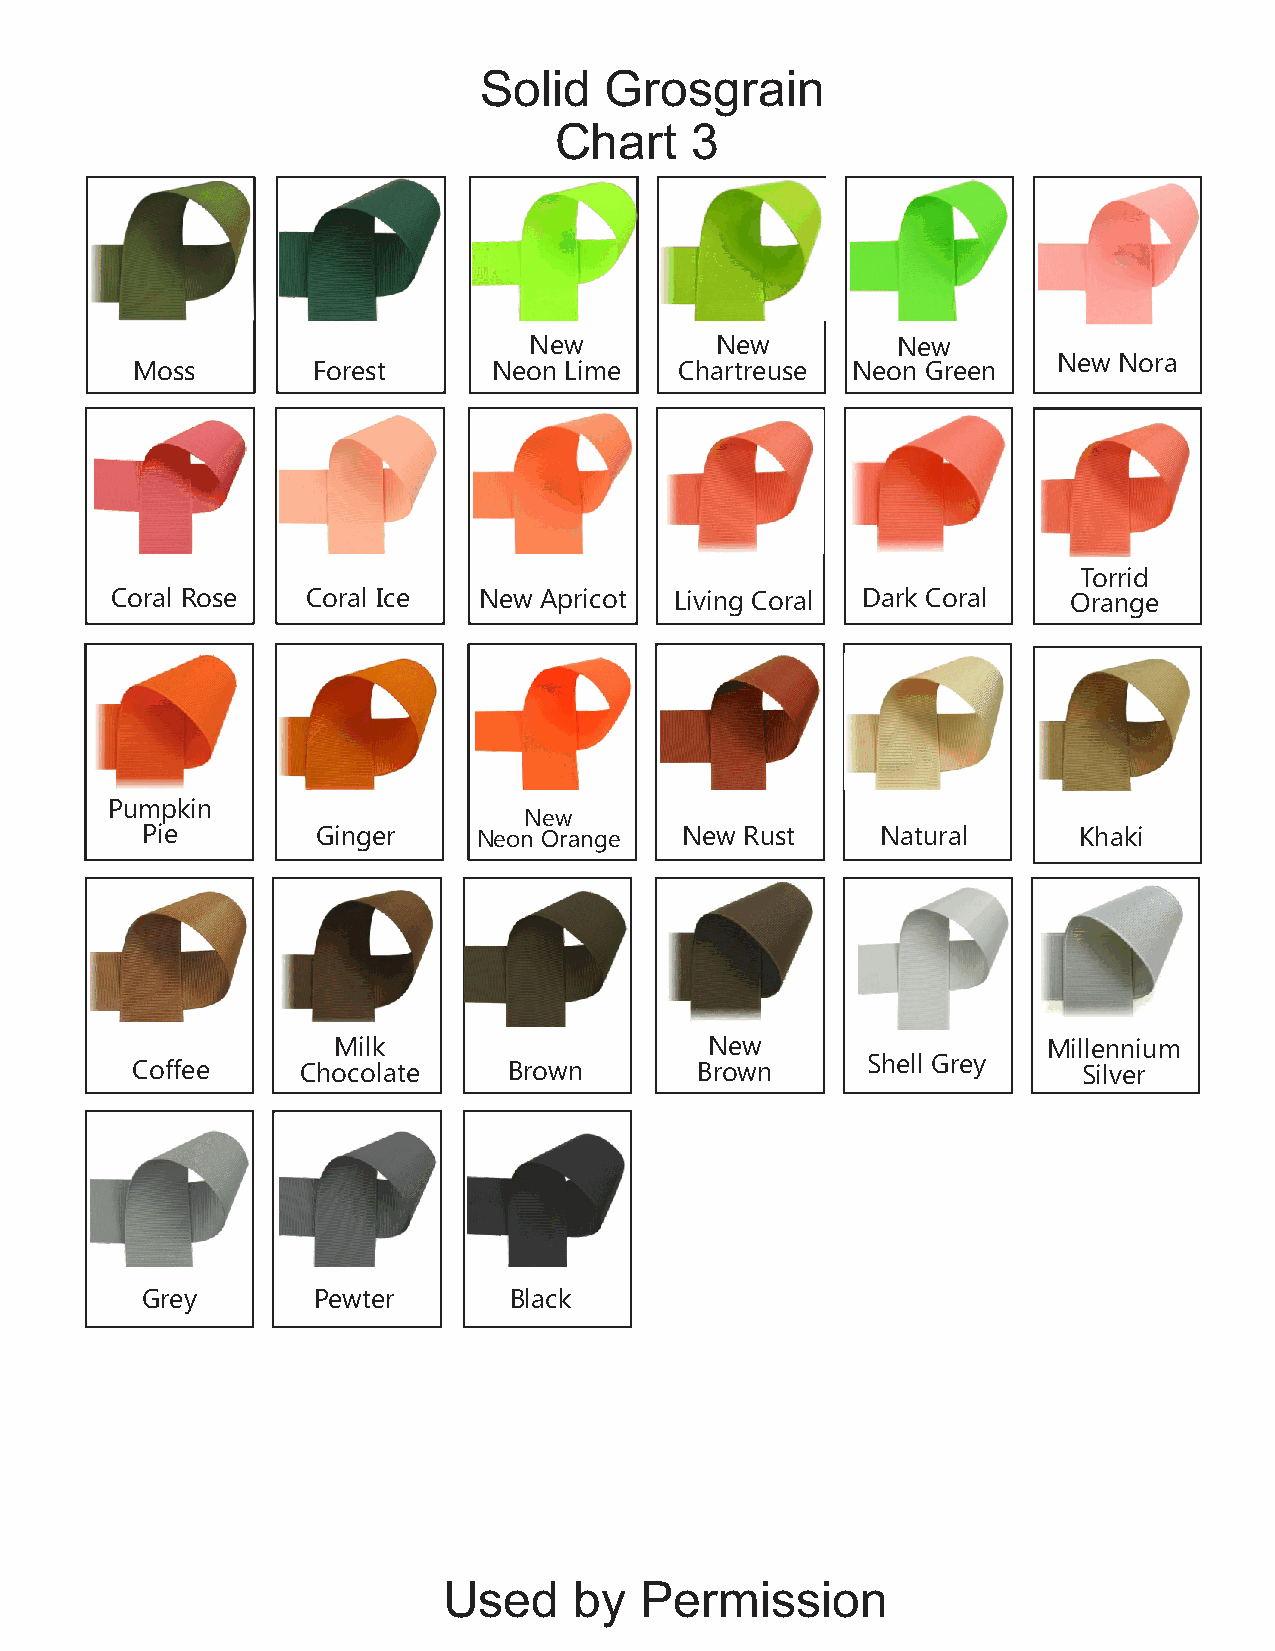
New Nora
 Solid   Grosgrain
 Chart    3
 New         New         New
 New Nora
 Moss        Forest      Neon Lime   Chartreuse Neon Green
 Torrid
 Coral Rose   Coral Ice   New Apricot  Living Coral Dark Coral   Orange
 Pumpkin
 New
 Pie         Ginger     Neon Orange  New Rust     Natural      Khaki
 Milk                     New                   Millennium
 Shell Grey
 Coffee     Chocolate     Brown       Brown                     Silver
 Grey        Pewter       Black
 Used     by  Permission